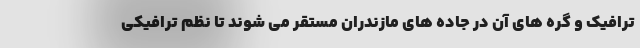
ترافیک و گره های آن در جاده های مازندران مستقر می شوند تا نظم ترافیکی